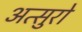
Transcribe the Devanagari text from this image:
अत्सुरो